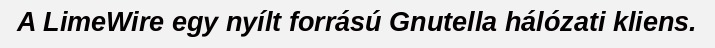
A LimeWire egy nyílt forrású Gnutella hálózati kliens.